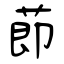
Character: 莭